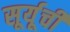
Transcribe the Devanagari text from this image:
सूर्यूची